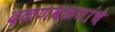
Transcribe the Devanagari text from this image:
दळणवळणांचे